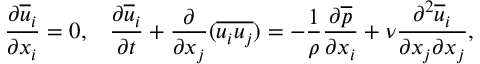
\frac { \partial \overline { { u } } _ { i } } { \partial x _ { i } } = 0 , \, ~ ~ \frac { \partial \overline { { u } } _ { i } } { \partial t } + \frac { \partial } { \partial x _ { j } } ( \overline { { u _ { i } u _ { j } } } ) = - \frac { 1 } { \rho } \frac { \partial \overline { { p } } } { \partial x _ { i } } + \nu \frac { \partial ^ { 2 } \overline { { u } } _ { i } } { \partial x _ { j } \partial x _ { j } } ,